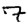
Digit: 7